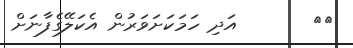
٤٠       އަދި ހަމަކަށަވަރުން އެކަލޭގެފާނަށް